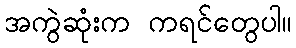
အကွဲဆုံးက ကရင်တွေပါ။